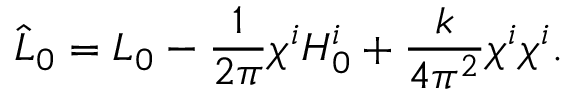
\hat { L } _ { 0 } = L _ { 0 } - \frac { 1 } { 2 \pi } \chi ^ { i } H _ { 0 } ^ { i } + \frac { k } { 4 \pi ^ { 2 } } \chi ^ { i } \chi ^ { i } .